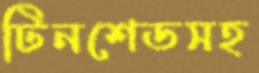
টিনশেডসহ